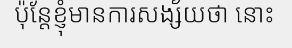
ប៉ុន្តែខ្ញុំមានការសង្ស័យថា នោះ